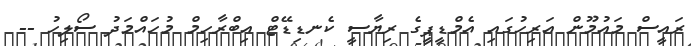
ރައީސް މައުމޫން އަރިހުގައި އެމްޑީޕީގެ ރިޔާސީ ކެނޑިޑޭޓް އިބްރާހިމް މުހައްމަދު ސޯލިހު --